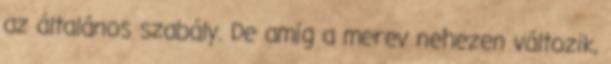
az általános szabály. De amíg a merev nehezen változik,